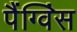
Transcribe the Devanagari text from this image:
पैंग्विंस